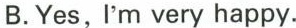
B.Yes,I'm very happy.